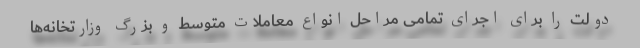
دولت را برای اجرای تمامی مراحل انواع معاملات متوسط و بزرگ وزارتخانه‌ها